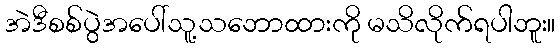
အဲဒီစစ်ပွဲအပေါ်သူ့သဘောထားကို မသိလိုက်ရပါဘူး။